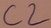
Text: C2